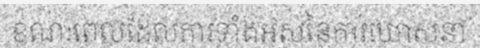
ខណៈពេលដែលការទាំងអស់នៃការឃោសនា